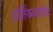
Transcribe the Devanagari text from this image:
होर्तिकल्तारिस्ट